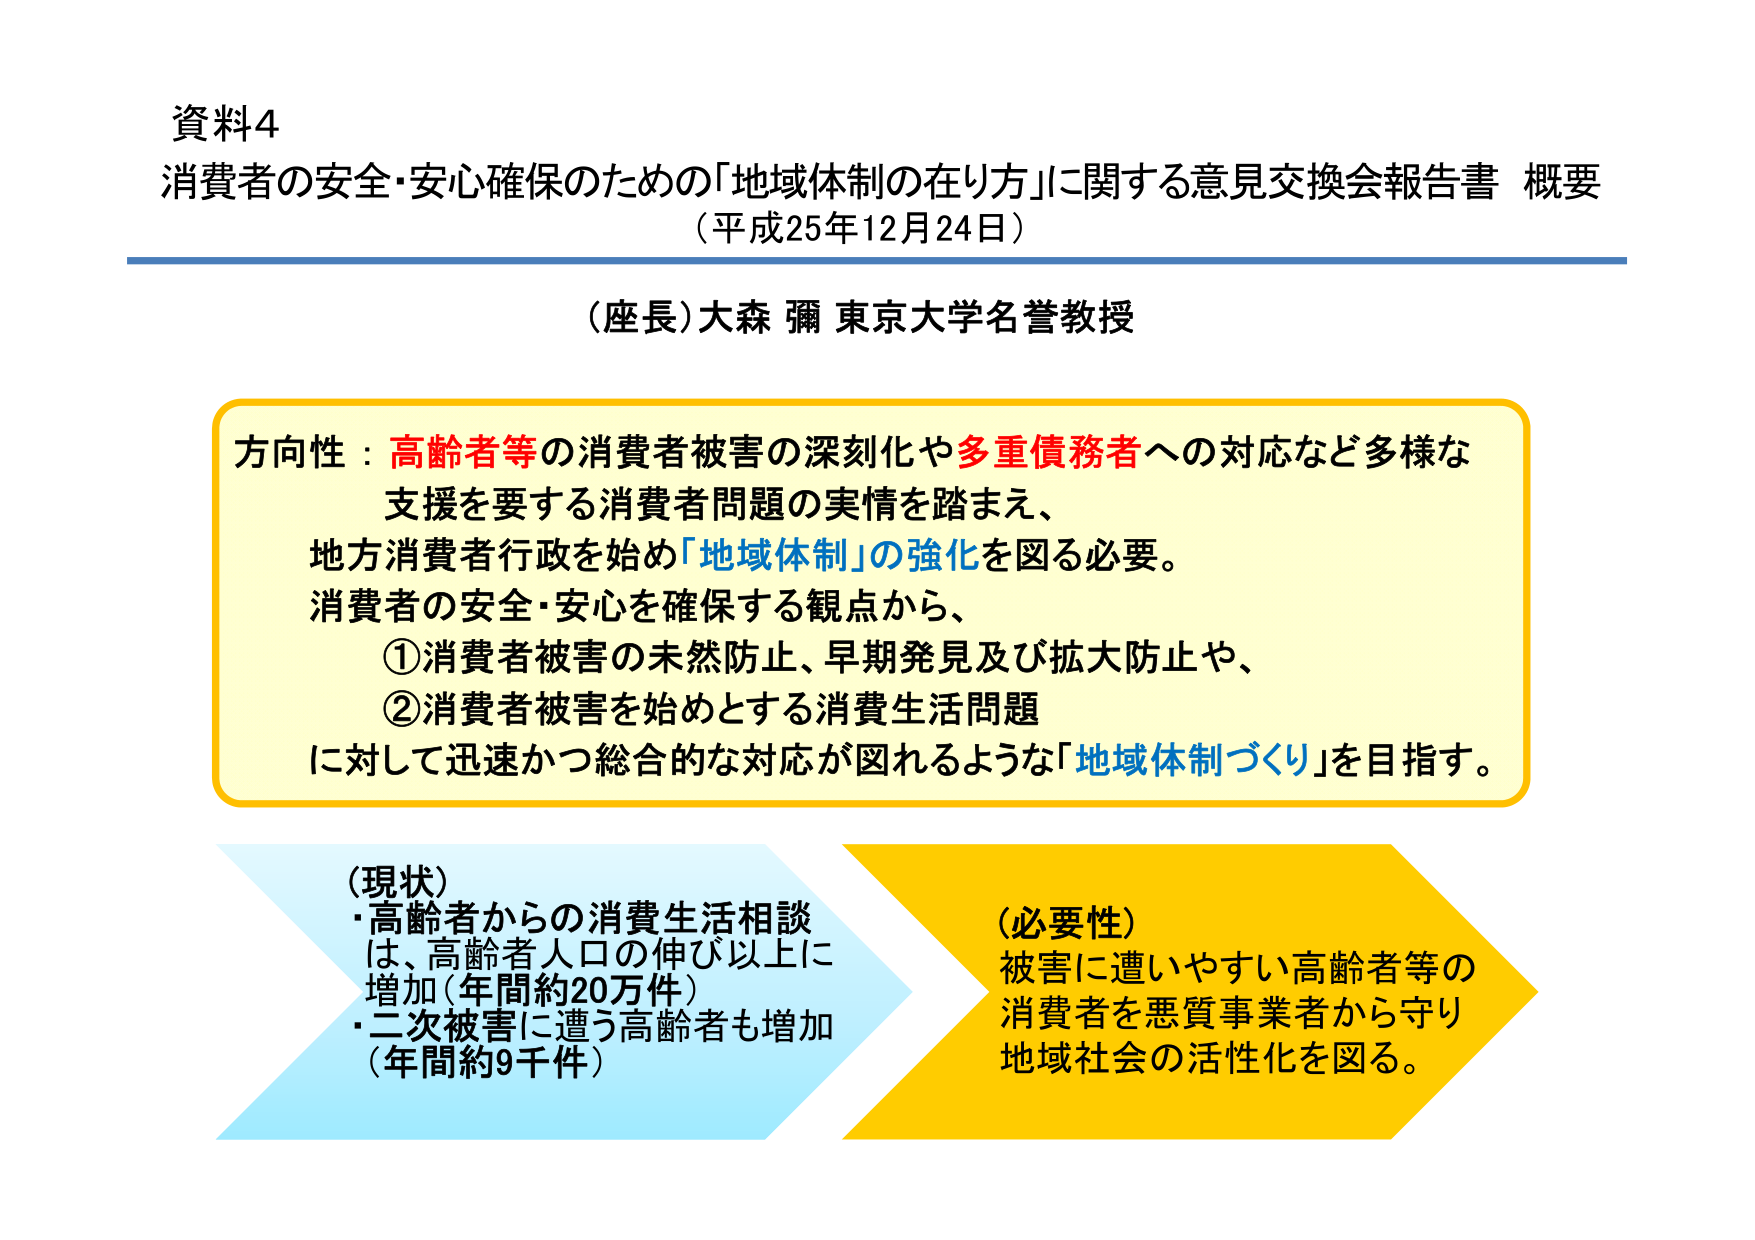
資料4
消費者の安全・安心確保のための「地域体制の在り方」に関する意見交換会報告書 概要
（平成25年12月24日）

（座長）大森 彌 東京大学名誉教授

方向性：高齢者等の消費者被害の深刻化や多重債務者への対応など多様な
支援を要する消費者問題の実情を踏まえ、
地方消費者行政を始め「地域体制」の強化を図る必要。
消費者の安全・安心を確保する観点から、
①消費者被害の未然防止、早期発見及び拡大防止や、
②消費者被害を始めとする消費生活問題
に対して迅速かつ総合的な対応が図れるような「地域体制づくり」を目指す。

（現状）
・高齢者からの消費生活相談
は、高齢者人口の伸び以上に
増加（年間約20万件）
・二次被害に遭う高齢者も増加
（年間約9千件）

（必要性）
被害に遭いやすい高齢者等の
消費者を悪質事業者から守り
地域社会の活性化を図る。